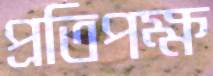
প্রতিপক্ষ